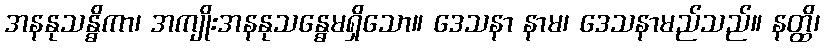
အနနုသန္ဓိကာ၊ အကျိုးအနနုသန္ဓေမရှိသော။ ဒေသနာ နာမ၊ ဒေသနာမည်သည်။ နတ္ထိ၊